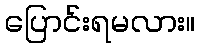
ပြောင်းရမလား။